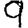
Digit: 9